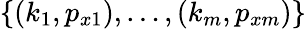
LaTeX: \{ (k_{1},p_{x1}),\dots,(k_{m},p_{xm})\}